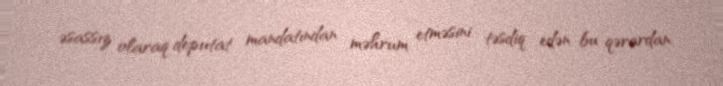
əsassız olaraq deputat mandatından məhrum etməsini təsdiq edən bu qərardan